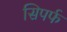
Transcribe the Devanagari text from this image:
सिपर्फ